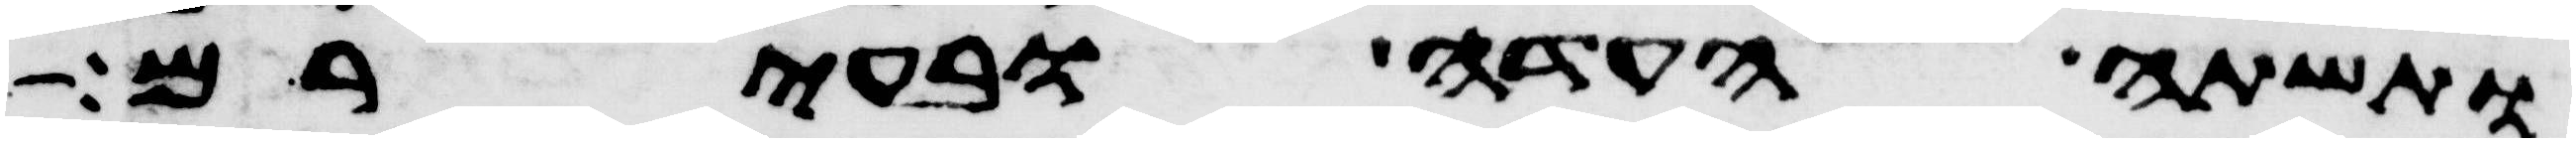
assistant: ותשת העדה ובעירם